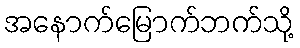
အနောက်မြောက်ဘက်သို့